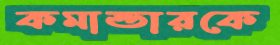
কমান্ডারকে